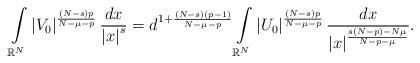
\begin{align*}\int\limits_{\mathbb{R}^{N}}\left\vert V_{0}\right\vert ^{\frac{\left( N-s\right) p}{N-\mu-p}}\frac{dx}{\left\vert x\right\vert ^{s}}=d^{1+\frac{\left( N-s\right) \left(p-1\right) }{N-\mu-p}}\int\limits_{\mathbb{R}^{N}}\left\vert U_{0}\right\vert ^{\frac{\left( N-s\right) p}{N-\mu-p}}\frac{dx}{\left\vert x\right\vert ^{\frac{s\left( N-p\right) -N\mu}{N-p-\mu}}}.\end{align*}